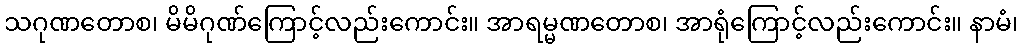
သဂုဏတောစ၊ မိမိဂုဏ်ကြောင့်လည်းကောင်း။ အာရမ္မဏတောစ၊ အာရုံကြောင့်လည်းကောင်း။ နာမံ၊